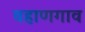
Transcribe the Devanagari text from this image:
वहाणगाव